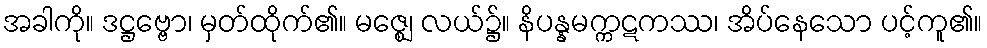
အခါကို။ ဒဋ္ဌဗ္ဗော၊ မှတ်ထိုက်၏။ မဇ္ဈေ၊ လယ်၌။ နိပန္နမက္ကဋကဿ၊ အိပ်နေသော ပင့်ကူ၏။